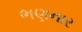
ભણનાર